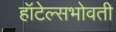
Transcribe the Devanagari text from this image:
हॉटेल्सभोवती